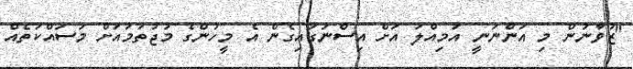
"ޒުވާނުން މި އަންނަނީ އަމިއްލަ އަށް އިސްނަގައިގެން އެ މީހުންގެ މުޖުތަމައަށް މަސައްކަތެއް